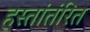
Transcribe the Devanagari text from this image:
हस्तांतंरित